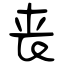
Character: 丧